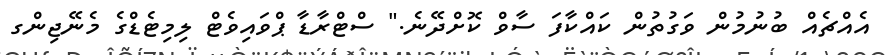
އެއްޗެއް ބުނުމުން ވަގުތުން ކައްކާފަ ސާވް ކޮށްދޭނެ." ސްޓްރާޑާ ޕްވައިވެޓް ލިމިޓެޑްގެ މެނޭޖިންގ